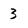
Character: 3